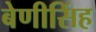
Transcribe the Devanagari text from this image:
बेणीसिंह